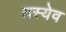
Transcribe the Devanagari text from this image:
तस्येव